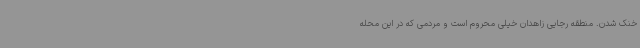
خنک شدن. منطقه رجایی زاهدان خیلی محروم است و مردمی‌ که در این محله